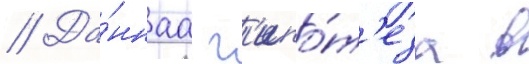
// Да́ннаа г'ипо́т'еза в